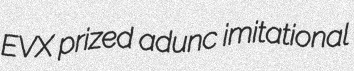
EVX prized adunc imitational